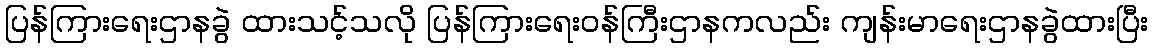
ပြန်ကြားရေးဌာနခွဲ ထားသင့်သလို ပြန်ကြားရေးဝန်ကြီးဌာနကလည်း ကျန်းမာရေးဌာနခွဲထားပြီး